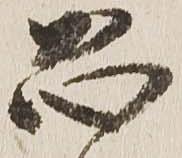
恐